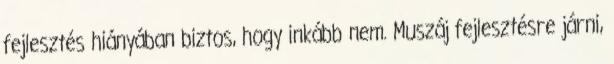
fejlesztés hiányában biztos, hogy inkább nem. Muszáj fejlesztésre járni,